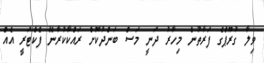
ވިލާ ގުރޫޕްގެ ފަރާތުން މިހާރު ދަނީ މަސް ބަންދުކޮށް ރައްކާކުރާނޭ ފެކްޓަރީ އެއް